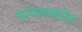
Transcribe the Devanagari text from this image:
मायाबाबलेन